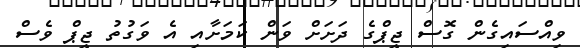
ވިއްސައިގެން ގޮސް ޖީޕްގެ ދަށަށް ވަން ކަމަށާއި އެ ވަގުތު ޖީޕް ވެސް